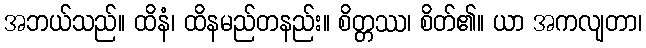
အဘယ်သည်။ ထိနံ၊ ထိနမည်တနည်း။ စိတ္တဿ၊ စိတ်၏။ ယာ အကလျတာ၊